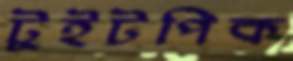
টুইটপিক